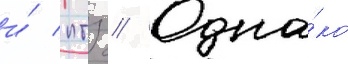
и́ птз // Одна́ко